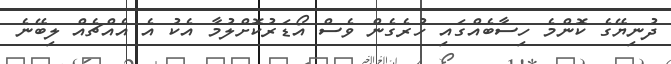
ދުނިޔޭގެ ކޮންމެ ހިސާބެއްގައި ހުރެގެން ވެސް އޯޑަރުކޮށްލުމާ އެކު އެ އެއްޗެއް ލިބޭނެ